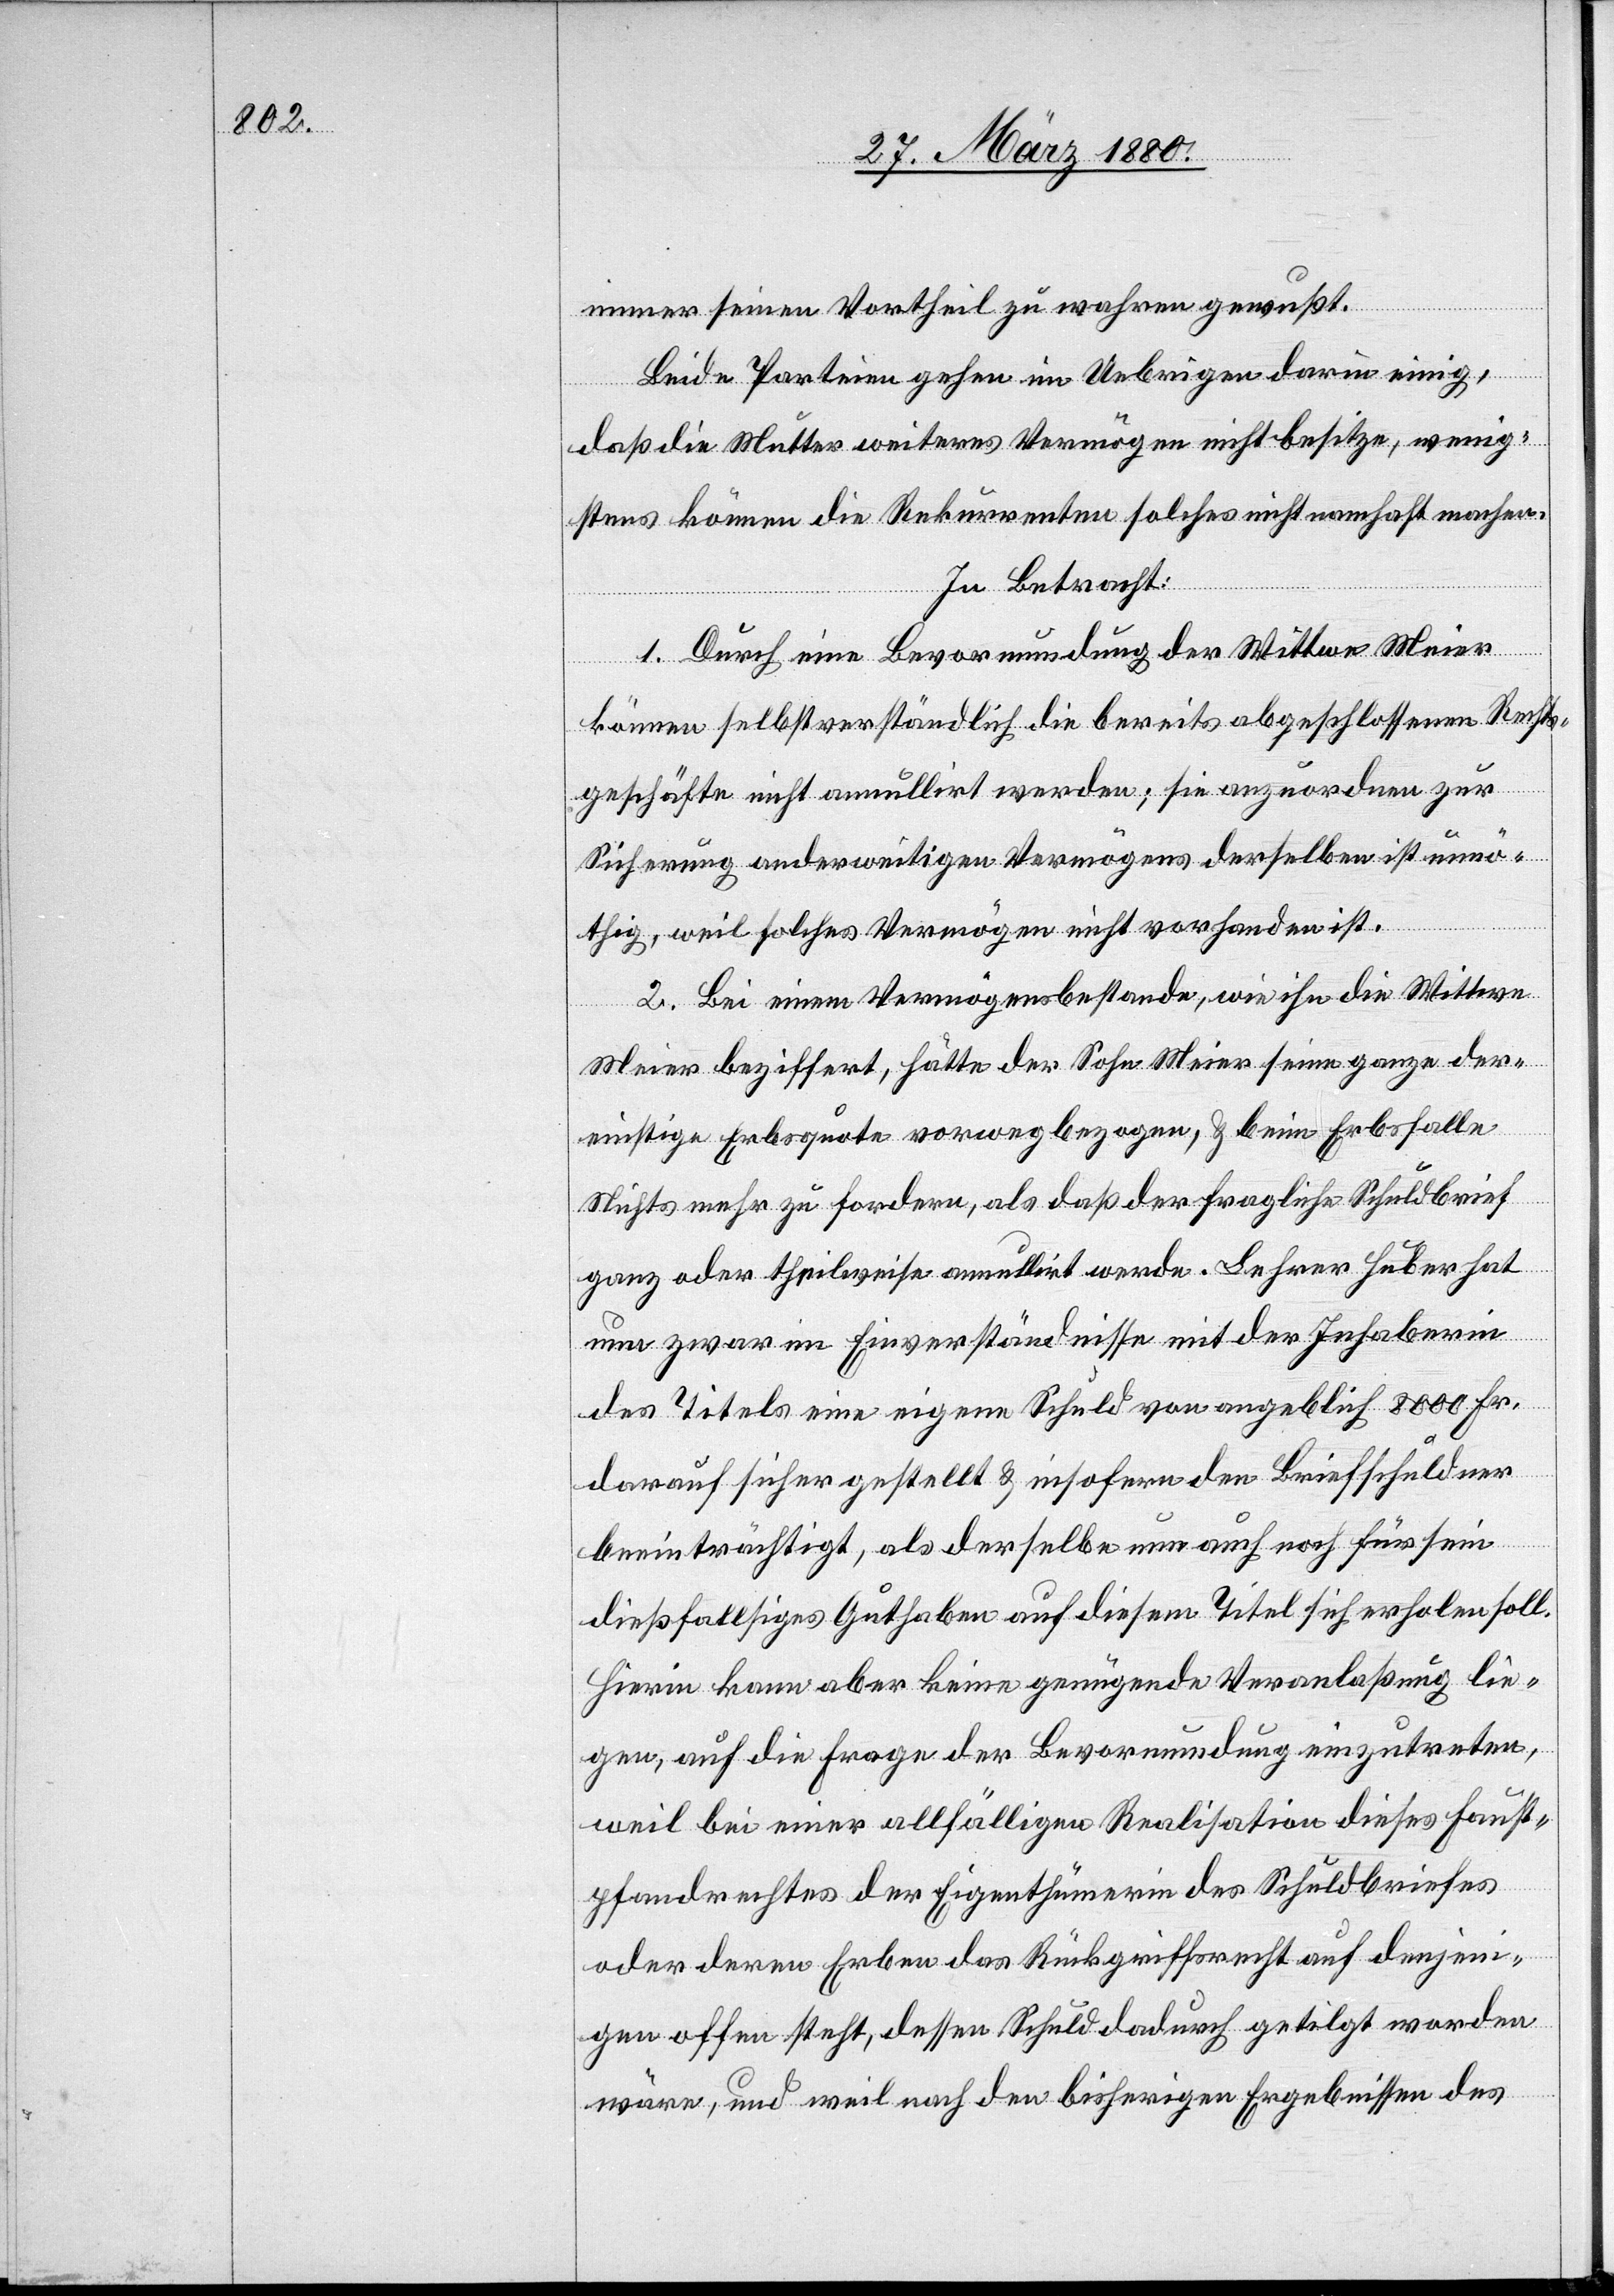
immer seinen Vortheil zu wahren gewußt.
Beide Parteien gehen im Uebrigen darin einig,
daß die Mutter weiteres Vermögen nicht besitze, wenig¬
stens können die Rekurrenten solches nicht namhaft machen.
In Betracht:
1. Durch eine Bevormundung der Wittwe Meier
können selbstverständlich die bereits abgeschlossenen Rechts¬
geschäfte nicht annullirt werden; sie anzuordnen zur
Sicherung anderweitigen Vermögens derselben ist unnö¬
thig, weil solches Vermögen nicht vorhanden ist.
2. Bei einem Vermögensbestande, wie ihn die Wittwe
Meier beziffert, hätte der Sohn Meier seine ganze der¬
einstige Erbsquote vorwegbezogen, & beim Erbsfalle
Nichts mehr zu fordern, als daß der fragliche Schuldbrief
ganz oder theilweise annullirt werde. Lehrer Huber hat
nun zwar im Einverständnisse mit der Inhaberin
des Titels eine eigene Schuld von angeblich 8000 Fr.
darauf sicher gestellt & insofern den Briefschuldner
beeinträchtig, als derselbe nun auch noch für sein
dießfälliges Guthaben auf diesem Titel sich erholen soll.
Hierin kann aber keine genügende Veranlaßung lie¬
gen, auf die Frage der Bevormundung einzutreten,
weil bei einer allfälligen Realisation dieses Faust¬
pfandrechtes der Eigenthümerin des Schuldbriefes
oder deren Erben das Rückgriffsrecht auf denjeni¬
gen offen steht, dessen Schuld dadurch getilgt worden
wäre, und weil nach den bisherigen Ergebnissen des